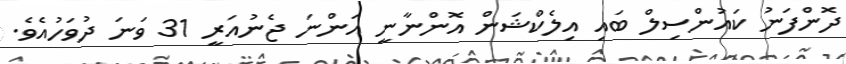
ދޮންފަނު ކައުންސިލް ބައި އިލެކްޝަން އޮންނާނީ އަންނަ ޖެނުއަރީ 31 ވަނަ ދުވަހުއެވެ.